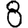
Digit: 8